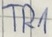
Text: TR1